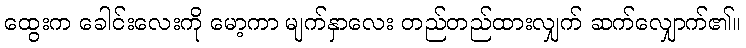
ထွေးက ခေါင်းလေးကို မော့ကာ မျက်နှာလေး တည်တည်ထားလျှက် ဆက်လျှောက်၏။